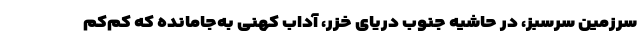
سرزمین سرسبز، در حاشیه جنوب دریای خزر، آداب کهنی به‌جامانده که کم‌کم